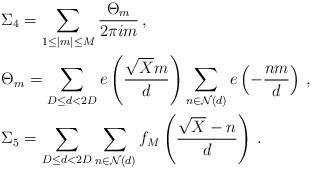
LaTeX: \begin{align*}&\Sigma_4=\sum\limits_{1\leq|m|\leq M}\frac{\Theta_m}{2\pi i m}\,,\\&\Theta_m=\sum\limits_{D\leq d<2D}e\left(\frac{\sqrt{X}m}{d}\right)\sum\limits_{n\in \mathcal{N}(d)}e\left(-\frac{nm}{d}\right)\,,\\&\Sigma_5=\sum\limits_{D\leq d<2D}\sum\limits_{n\in \mathcal{N}(d)}f_{M}\left(\frac{\sqrt{X}-n}{d}\right)\,.\end{align*}